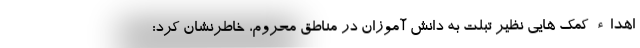
اهداء کمک هایی نظیر تبلت به دانش آموزان در مناطق محروم، خاطرنشان کرد: